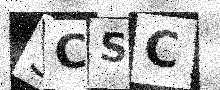
Text: SCSC